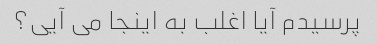
پرسیدم آیا اغلب به اینجا می آیی؟